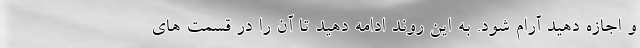
و اجازه دهید آرام شود. به این روند ادامه دهید تا آن را در قسمت های